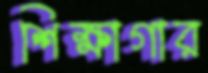
শিক্ষাগার